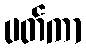
ပတ်ကာ